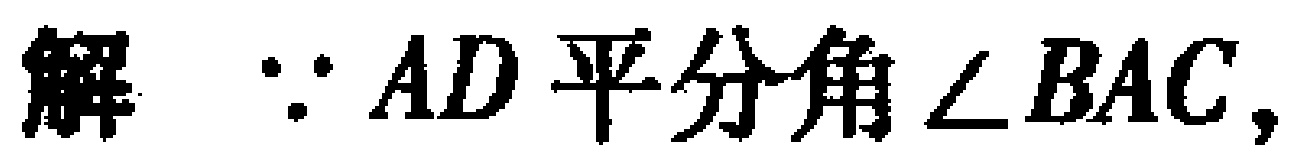
解 $\because AD$ 平分角 $\angle BAC,$